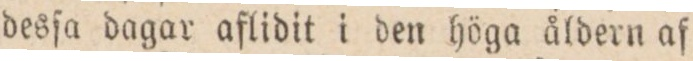
desſa dagar aflidit i den höga åldern af